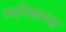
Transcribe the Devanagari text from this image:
ध्वनिशास्त्रा